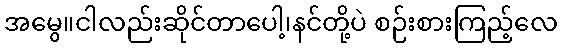
အမွေ။ငါလည်းဆိုင်တာပေါ့၊နင်တို့ပဲ စဉ်းစားကြည့်လေ